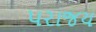
પરાજય